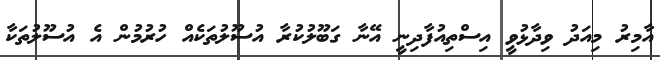
އާމިރު މިއަދު ވިދާޅުވީ އިސްތިއުފާދިނީ އޭނާ ގަބޫލުކުރާ އުސޫލުތަކެއް ހުރުމުން އެ އުސޫލުތަކާ